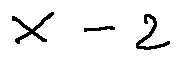
X - 2